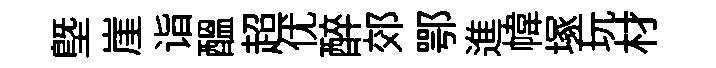
塈崖诣醖超优醉郊鄂進幃塚玩材